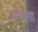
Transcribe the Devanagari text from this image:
मनवता